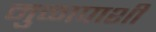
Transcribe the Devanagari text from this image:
मुळापाशी